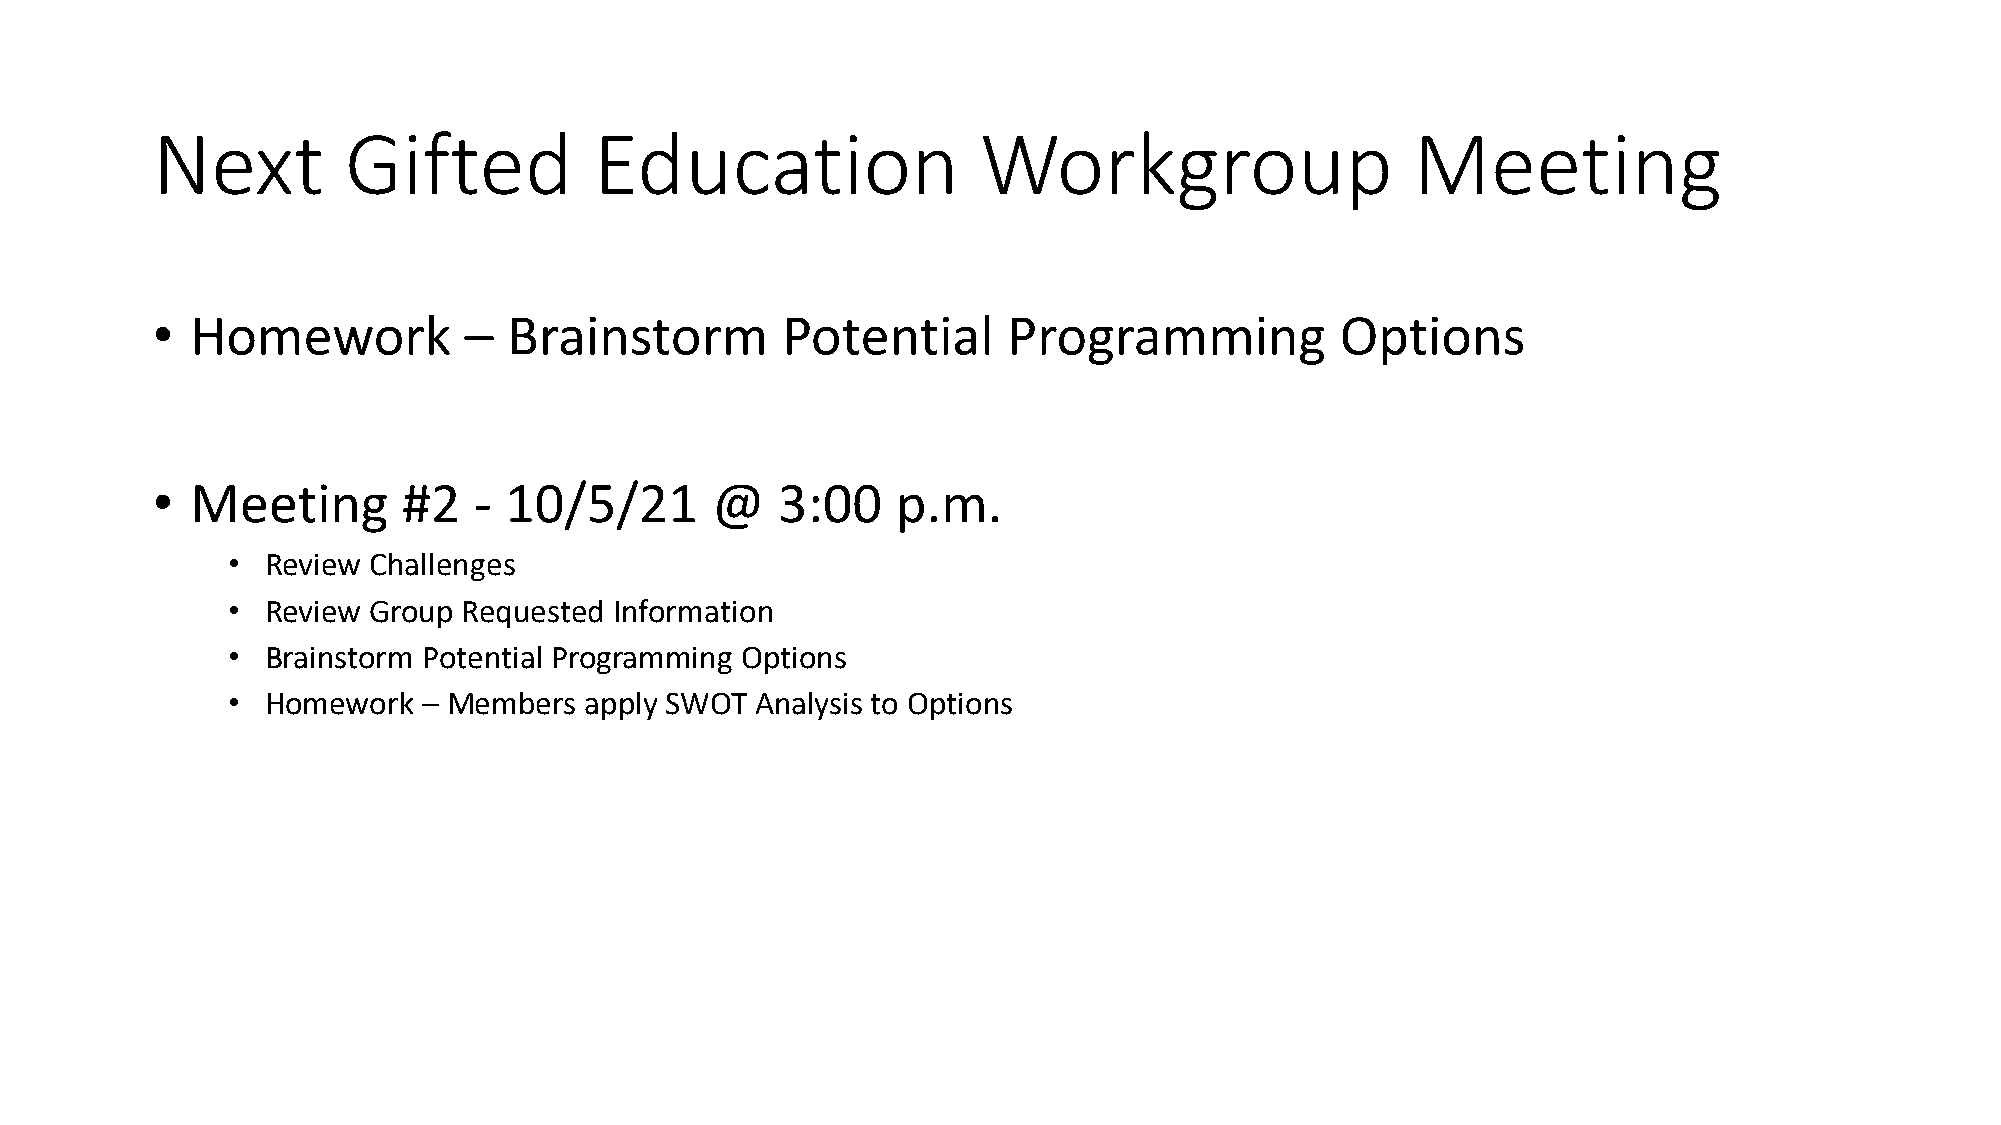
Next         Gifted          Education                 Workgroup                    Meeting
 •  Homework          –  Brainstorm        Potential      Programming           Options
 •  Meeting       #2  - 10/5/21       @   3:00    p.m.
 •  Review Challenges
 •  Review Group Requested Information
 •  Brainstorm Potential Programming Options
 •  Homework  – Members  apply SWOT Analysis to Options